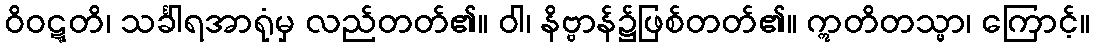
ဝိဝဋ္ဋတိ၊ သင်္ခါရအာရုံမှ လည်တတ်၏။ ဝါ၊ နိဗ္ဗာန်၌ဖြစ်တတ်၏။ ဣတိတသ္မာ၊ ကြောင့်။